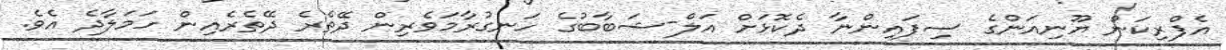
އެފްރިކަން ޔޫނިއަންގެ ސިފައިންނާ ދެކޮޅަށް އަލް-ޝަބާބުގެ ހަނގުރާމަވެރިން ދޭތެރެ ދޭތެރެއިން ހަމަލާދެ އެވެ.